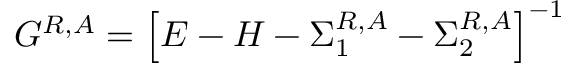
G ^ { R , A } = \left[ E - H - \Sigma _ { 1 } ^ { R , A } - \Sigma _ { 2 } ^ { R , A } \right] ^ { - 1 }